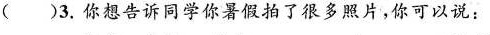
( )3.你想告诉同学你暑假拍了很多照片,你可以说: